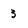
Character: 3